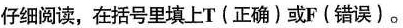
仔细阅读，在括号里填上T(正确)或F(错误)。